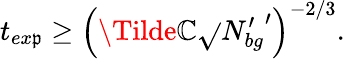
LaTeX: t_{ex\mathfrak{p}}\geq\left(\Tilde{\mathbb{C}}\sqrt{}{{N_{bg}^{\prime}}}^{\prime}\right)^{-2/3}.